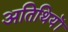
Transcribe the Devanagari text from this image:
अतिथियॊं